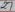
Text: 26